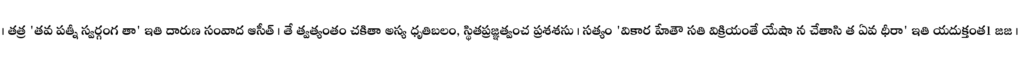
। తత్ర 'తవ పత్నీ స్వర్గంగ తా' ఇతి దారుణ సంవాద ఆసీత్ । తే త్వత్యంతం చకితా అస్య ధృతిబలం, స్థితప్రజ్ఞత్వంచ ప్రశశసు । సత్యం 'వికార హేతౌ సతి విక్రియంతే యేషా న చేతాసి త ఏవ ధీరా' ఇతి యదుక్తంత1 జజ ।